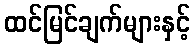
ထင်မြင်ချက်များနှင့်